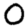
Digit: 0